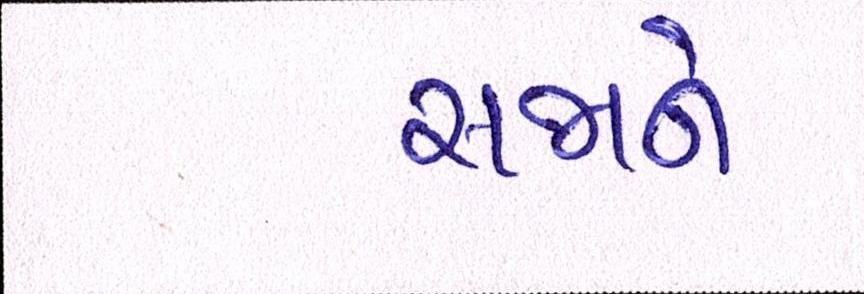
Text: સજાને